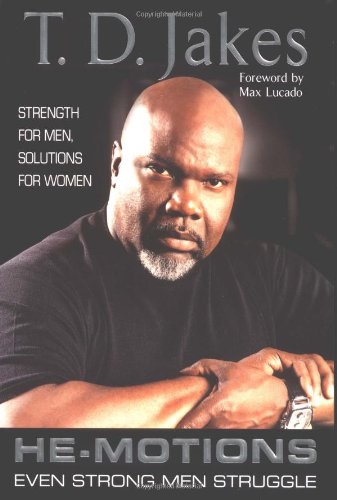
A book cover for He-motions: Even Strong Men Struggle; T. D. Jakes; Christian Books & Bibles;